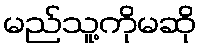
မည်သူ့ကိုမဆို